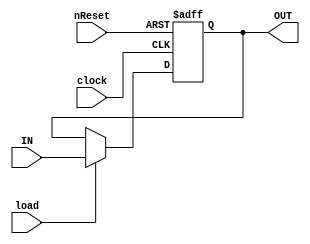
/* 8bit register with reset, load */
module Register(IN, OUT, clock, nReset, load);

input [7:0] IN;
input clock, load;
input nReset;    // Negative logic
output [7:0] OUT;

wire [7:0] IN;
wire clock, nReset, load;
reg [7:0] OUT;

always @(posedge clock or negedge nReset) begin
    if(!nReset)
        OUT <= 8'd0;
    else if (load)
        OUT <= IN;
end

endmodule